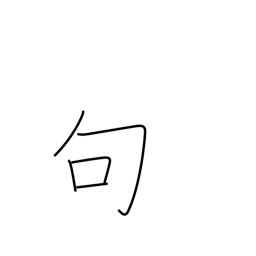
Meaning: phrase